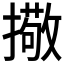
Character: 擏